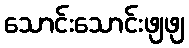
သောင်းသောင်းဖျဖျ